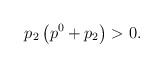
LaTeX: \begin{align*} p_2\left(p^{0}+p_{2}\right)>0.\end{align*}